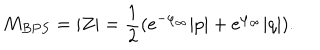
M _ { B P S } = | Z | = { \frac { 1 } { 2 } } ( e ^ { - \varphi _ { \infty } } | p | + e ^ { \varphi _ { \infty } } | q | ) .